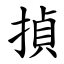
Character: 揁